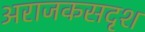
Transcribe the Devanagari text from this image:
अराजकसदृश